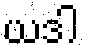
ယဒါ